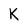
Character: K